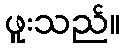
ဖူးသည်။